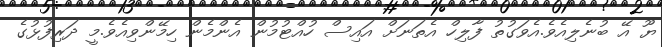
ޔޫ އޭ ބުނެލިއެވެ.އެވަގުތު ފާލިހް އެތަނަށް އައިސް ހުއްޓުމުން އެންމެން ހިމޭންވިއެވެ.މީ ދަރިފުޅުގެ